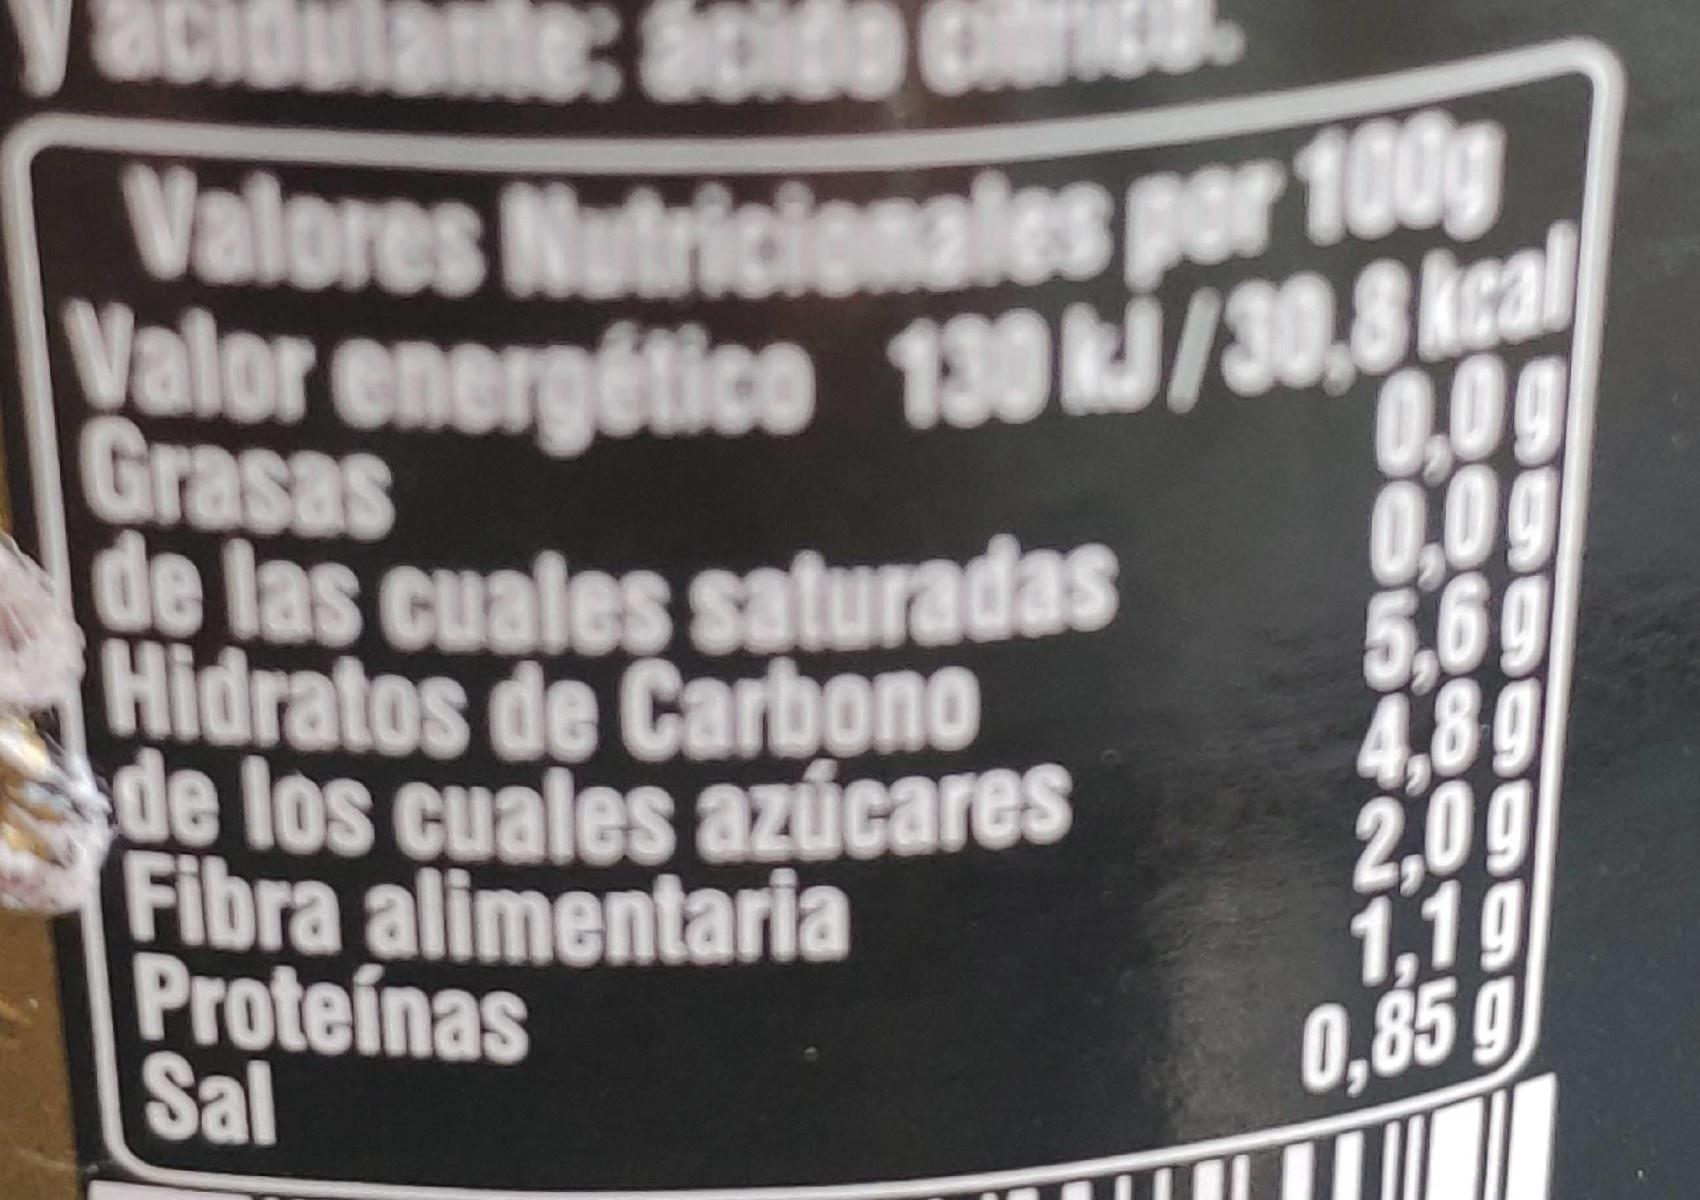
acidulante: acido
Valores Nutricionales por 100g
alor energético 130 J/30,8kca Grasas
de las cuales saturadas Hidratos de Carbono de los cuales azúcares Fibra alimentaria Proteinas Sal
0.0g 0,09 5,6g 4,8g 2,0g 1,1g 0,85 g